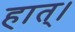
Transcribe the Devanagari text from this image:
हात्।